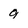
Character: 9